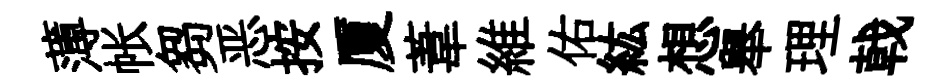
薄帐芻恶按厦葦維佑紘想舉理戟